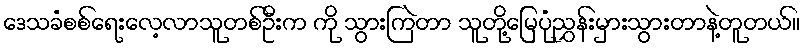
ဒေသခံစစ်ရေးလေ့လာသူတစ်ဦးက ကို သွားကြဲတာ သူတို့မြေပုံညွှန်းမှားသွားတာနဲ့တူတယ်။